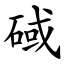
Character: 䂸